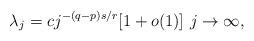
LaTeX: \begin{align*}\lambda_j = cj^{-(q - p)s/r}[1 + o(1)] \,\, j \to\infty,\end{align*}